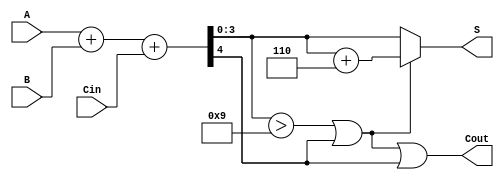
module BCD_Conditional_Adder (
    input  [3:0] A,      // First BCD input
    input  [3:0] B,      // Second BCD input
    input        Cin,     // Carry input
    output [3:0] S,      // BCD output sum
    output       Cout     // Carry output
);

    wire [4:0] Sum;      // Intermediate 5-bit sum
    wire       Adj;       // Adjustment signal

    // Calculate the intermediate sum
    assign Sum = A + B + Cin;

    // Determine if adjustment is needed
    assign Adj = (Sum[3:0] > 4'b1001) || Sum[4];

    // Calculate the BCD output based on adjustment
    assign S = Adj ? (Sum[3:0] + 4'b0110) : Sum[3:0];

    // Determine the carry out
    assign Cout = Adj || Sum[4];

endmodule